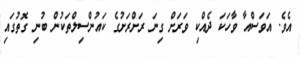
އެވެ. އަވަސްއާ ވާހަކަ ދެއްކި ވަރަށް ގިނަ ރަށްރަށުގެ ކައުންސިލްތަކުން ބުނި ގޮތުގައި